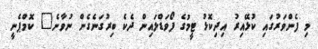
މި ފެންވަރުގައި ކުޅޭއިރު އިދިކޮޅު ޓީމުގެ ފޯވަޑްލައިން ދެކެ ބިރުގަނެގެން ނުވާނެ" ކޮމްޕެނީ